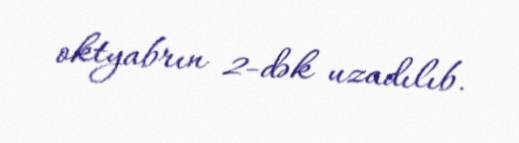
oktyabrın 2-dək uzadılıb.